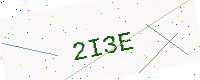
Text: 2I3E